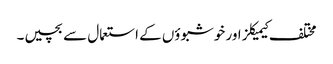
مختلف کیمیکلز اور خوشبوؤں کے استعمال سے بچیں۔